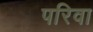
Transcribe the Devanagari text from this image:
परिवा